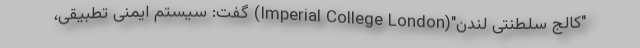
"کالج سلطنتی لندن"(Imperial College London) گفت: سیستم ایمنی تطبیقی،